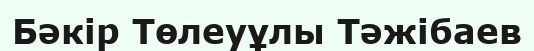
Бәкір Төлеуұлы Тәжібаев